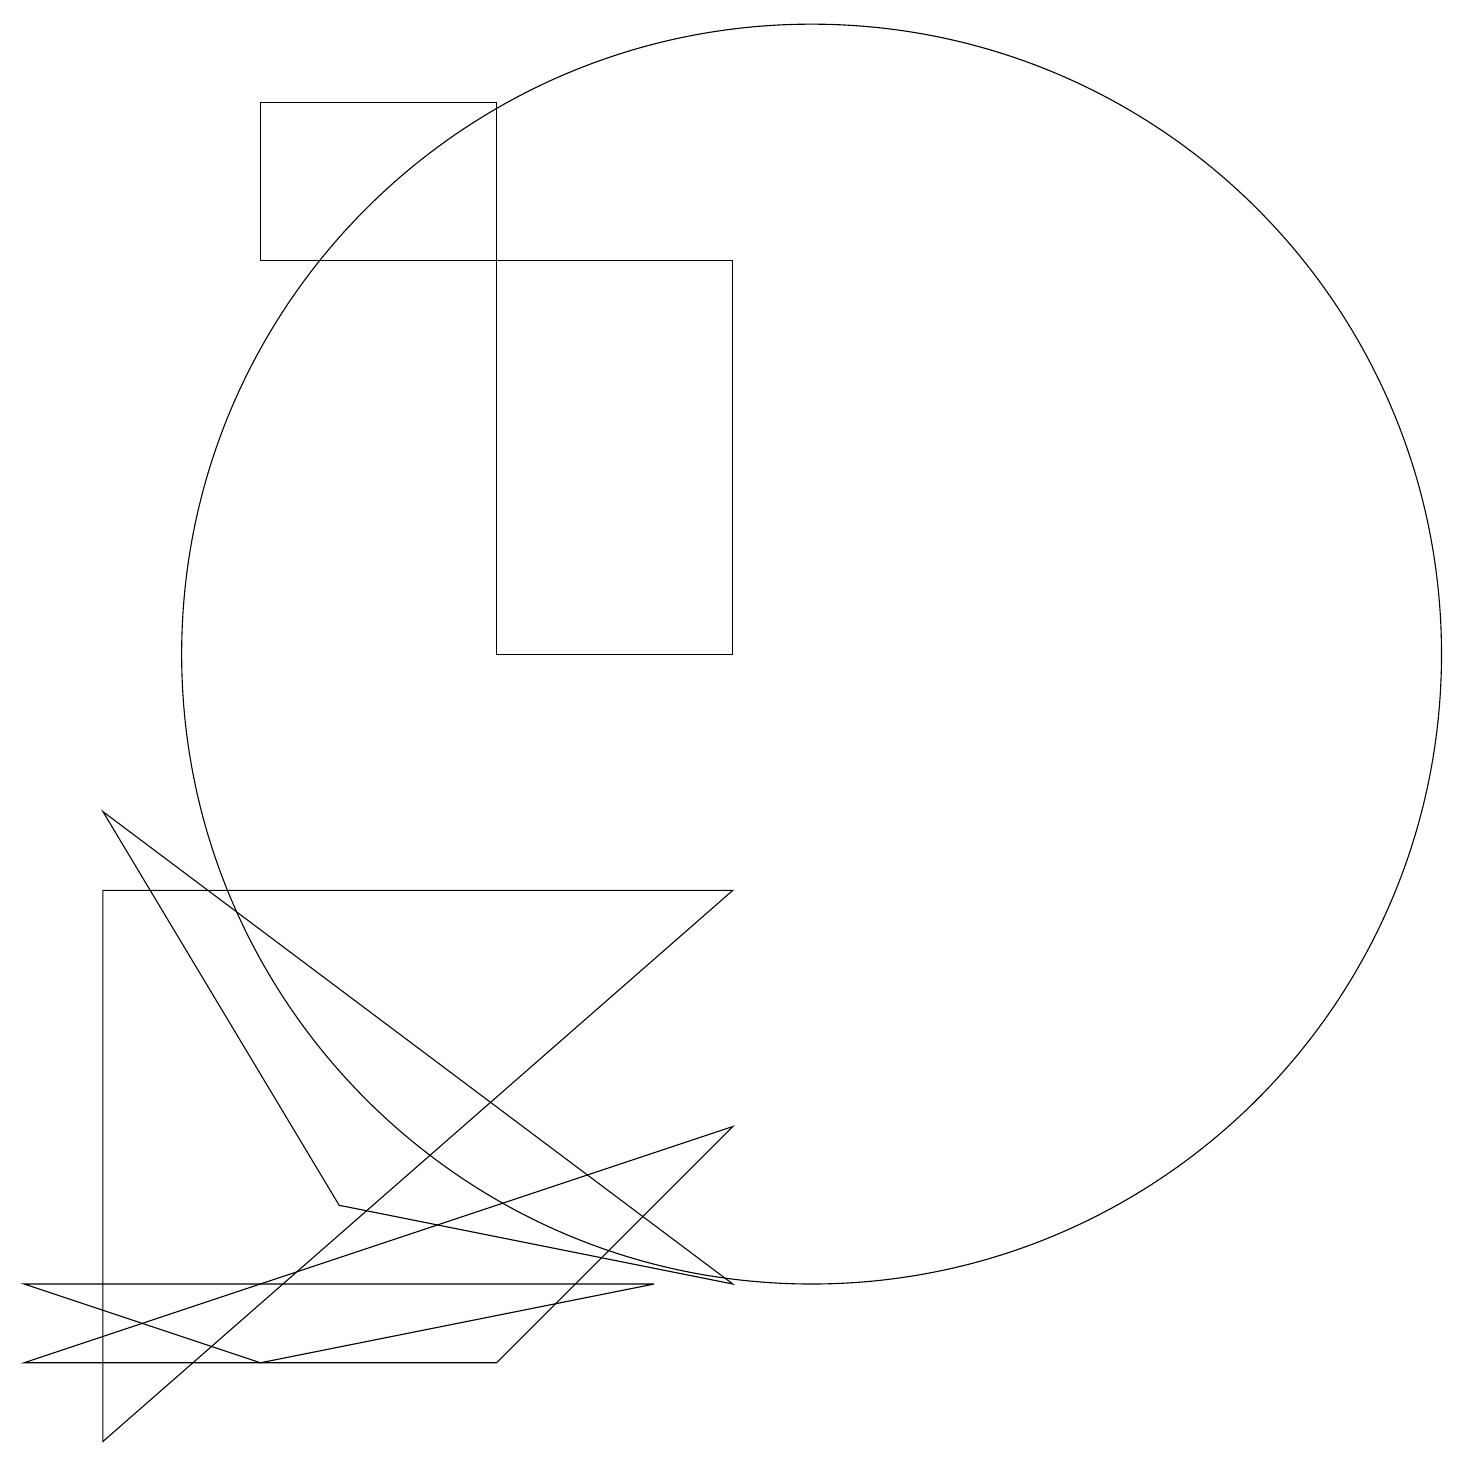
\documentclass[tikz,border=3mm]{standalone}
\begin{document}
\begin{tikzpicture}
\draw (10,10) circle (8);
\draw (9,10) rectangle (6,15);
\draw (1,0) -- (1,7) -- (9,7) -- cycle;
\draw (9,4) -- (6,1) -- (0,1) -- cycle;
\draw (3,17) rectangle (6,15);
\draw (9,2) -- (1,8) -- (4,3) -- cycle;
\draw (3,1) -- (8,2) -- (0,2) -- cycle;
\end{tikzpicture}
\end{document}